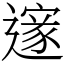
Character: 𮟏